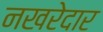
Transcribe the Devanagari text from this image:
नखरेदार